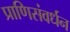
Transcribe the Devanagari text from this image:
प्राणिसंवर्धन